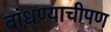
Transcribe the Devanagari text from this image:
बांधण्याचीपण